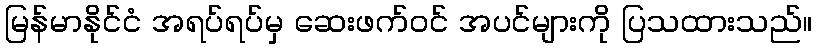
မြန်မာနိုင်ငံ အရပ်ရပ်မှ ဆေးဖက်ဝင် အပင်များကို ပြသထားသည်။